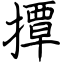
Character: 撢